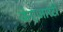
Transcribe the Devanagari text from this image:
केएआरटी